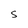
Character: S